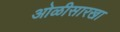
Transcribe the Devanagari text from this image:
ओळीसारखा